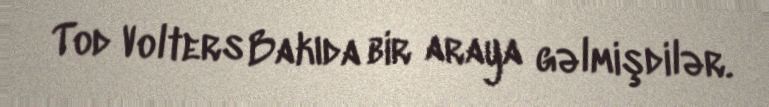
Tod Volters Bakıda bir araya gəlmişdilər.